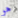
هو